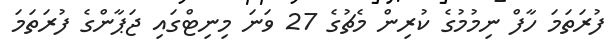
ފުރަތަމަ ހާފް ނިމުމުގެ ކުރިން މެޗުގެ 27 ވަނަ މިނިޓްގައި ޖަޕާންގެ ފުރަތަމަ